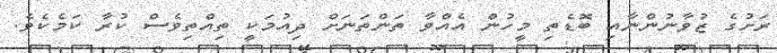
ރަށުގެ ޒުވާނުންނާއި ބޮޑެތި މީހުން އެއްވާ ތަންތަނަށް ދިއުމަކީ ތިއްތިވެސް ކުރާ ކަމެކެވެ.